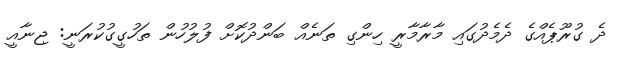
ދެ ގުރޫޕެއްގެ ދެމެދުގައި މާރާމާރީ ހިންގި ތަނެއް ބަންދުކޮށް ފުލުހުން ތަހުގީގުކުރަނީ: ޖިނާއީ